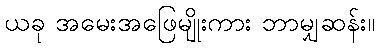
ယခု အမေးအဖြေမျိုးကား ဘာမျှဆန်း။